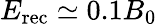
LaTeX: E_{\mathrm{rec}}\simeq 0.1B_{0}